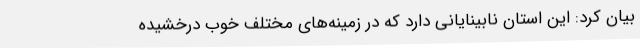
بیان کرد: این استان نابینایانی دارد که در زمینه‌های مختلف خوب درخشیده